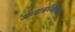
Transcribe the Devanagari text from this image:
अध्यासमेंअधिष्टान